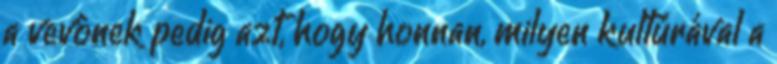
a vevônek pedig azt, hogy honnan, milyen kultúrával a